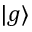
| g \rangle